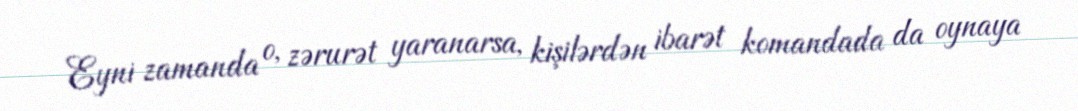
Eyni zamanda o, zərurət yaranarsa, kişilərdən ibarət komandada da oynaya